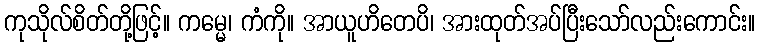
ကုသိုလ်စိတ်တို့ဖြင့်။ ကမ္မေ၊ ကံကို။ အာယူဟိတေပိ၊ အားထုတ်အပ်ပြီးသော်လည်းကောင်း။